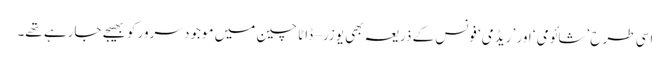
اسی طرح ’شائومی ‘ اور ’ ریڈمی‘ فونس کے ذریعہ بھی یوزر – ڈاٹا چین میں موجود سرور کو بھیجے جارہے تھے۔